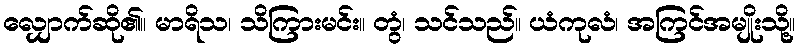
လျှောက်ဆို၏။ မာရိသ၊ သိကြားမင်း။ တွံ၊ သင်သည်။ ယံကုလံ၊ အကြင်အမျိုးသို့။